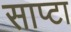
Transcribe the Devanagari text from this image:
साप्टा